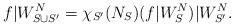
LaTeX: \begin{align*}f|W_{S\cup S'}^N = \chi_{S'}(N_S)(f|W_S^N)|W_{S'}^{N}.\end{align*}